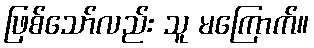
ဖြစ်သော်လည်း သူ မကြောက်။